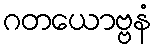
ဂတယောဗ္ဗနံ